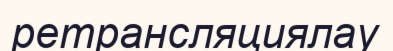
ретрансляциялау